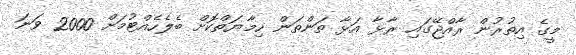
މީގެ އިތުރުން ރާއްޖޭގައި ރާޅާ އަޅާ ތަންތަން ހިމާޔަތްކޮށް ބެލެހެއްޓުމަށް 2000 ވަނަ